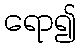
ရော၍